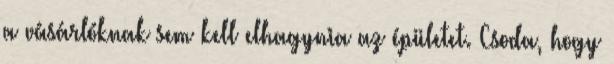
a vásárlóknak sem kell elhagynia az épületet. Csoda, hogy